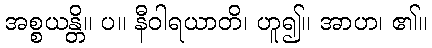
အစ္စယန္တိ။ ပ။ နီဝါရယာတိ၊ ဟူ၍။ အာဟ၊ ၏။